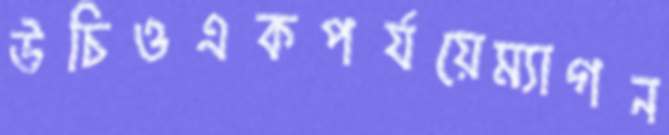
উচিওএকপর্যয়েম্যাগন